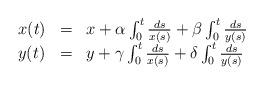
LaTeX: \begin{align*} \begin{array}{lll} x(t) & = & x+\alpha\int_0^t\frac{ds}{x(s)} + \beta \int_0^t\frac{ds}{y(s)} \\ y(t) & = & y + \gamma\int_0^t \frac{ds}{x(s)} + \delta \int_0^t\frac{ds}{y(s)} \end{array}\end{align*}